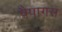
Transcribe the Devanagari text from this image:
पैपागस